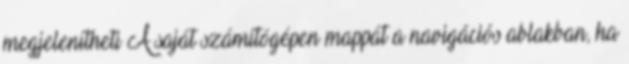
megjelenítheti A saját számítógépen mappát a navigációs ablakban, ha